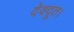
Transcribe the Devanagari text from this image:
देवदूत।